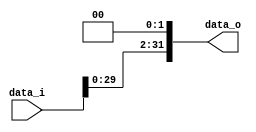
//Subject:      CO project 2 - Shift_Left_Two_32
//--------------------------------------------------------------------------------
//Version:     1
//--------------------------------------------------------------------------------
//Writer:      
//----------------------------------------------
//Date:        
//----------------------------------------------
//Description: 
//--------------------------------------------------------------------------------

module Shift_Left_Two_32(
    data_i,
    data_o
    );

//I/O ports                    
input [32-1:0] data_i;
output [32-1:0] data_o;

//shift left 2
assign data_o = data_i<<2;  
/*
always@(*) begin
    data_o <= {data_i[29:0],2'b0}
end
*/
endmodule